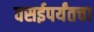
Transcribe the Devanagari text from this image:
वसईपर्यंतचा